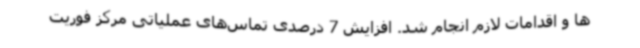
ها و اقدامات لازم انجام شد. افزایش 7 درصدی تماس‌های عملیاتی مرکز فوریت